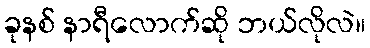
ခုနစ် နာရီလောက်ဆို ဘယ်လိုလဲ။